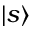
\ensuremath { \left\vert s \right\rangle }